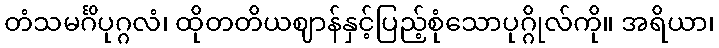
တံသမင်္ဂိပုဂ္ဂလံ၊ ထိုတတိယဈာန်နှင့်ပြည့်စုံသောပုဂ္ဂိုလ်ကို။ အရိယာ၊